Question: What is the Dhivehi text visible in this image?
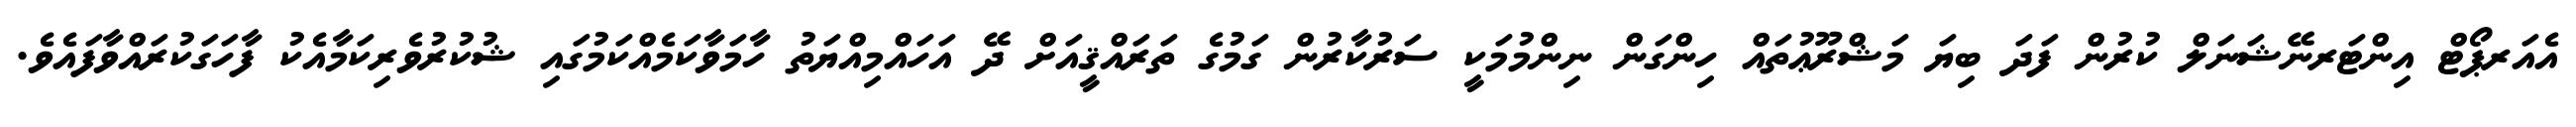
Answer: އެއަރޕޯޓް އިންޓަރނޭޝަނަލް ކުރުން ފަދަ ބިޔަ މަޝްރޫޢުތައް ހިންގަން ނިންމުމަކީ ސަރުކާރުން ގަމުގެ ތަރައްޤީއަށް ދޭ އަހައްމިއްޔަތު ހާމަވާކަމެއްކަމުގައި ޝުކުރުވެރިކަމާއެކު ފާހަގަކުރައްވާފައެވެ.